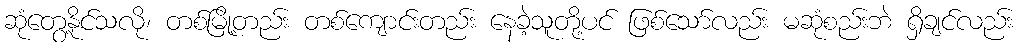
ဆုံတွေ့နိုင်သလို၊ တစ်မြို့တည်း တစ်ကျောင်းတည်း နေခဲ့သူတို့ပင် ဖြစ်သော်လည်း မဆုံစည်းဘဲ ရှိချင်လည်း